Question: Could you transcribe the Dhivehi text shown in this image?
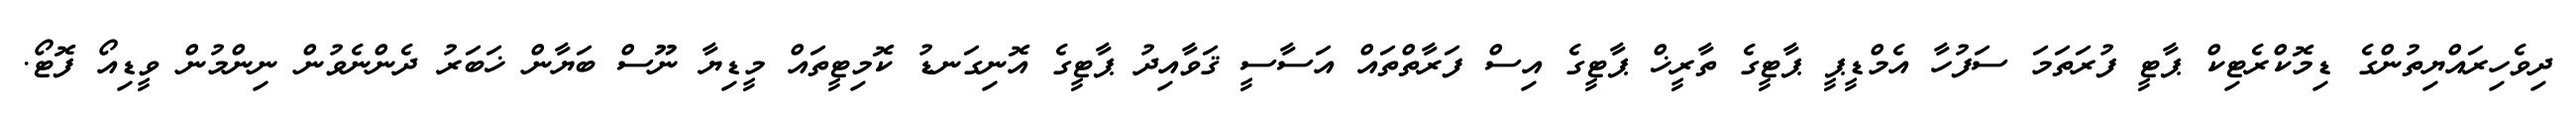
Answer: ދިވެހިރައްޔިތުންގެ ޑިމޮކްރެޓިކް ޕާޓީ ފުރަތަމަ ސަފުހާ އެމްޑީޕީ ޕާޓީގެ ތާރީޚް ޕާޓީގެ އިސް ފަރާތްތައް އަސާސީ ޤަވާއިދު ޕާޓީގެ އޮނިގަނޑު ކޮމިޓީތައް މީޑިޔާ ނޫސް ބަޔާން ޚަބަރު ދެންނެވުން ނިންމުން ވީޑިއޯ ފޮޓޯ.